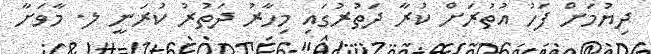
ދިޔުމަށް ފަހު އުތުރަށް ކުރާ ދަތުރުގައި މިހާރު ދަތުރު ކުރަނީ ލ. މާވަށާ